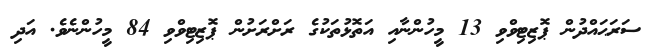
ސަރަޙައްދުން ޕޮޒިޓިވްވި 13 މީހުންނާއި އަތޮޅުތަކުގެ ރަށްރަށުން ޕޮޒިޓިވްވި 84 މީހުންނެވެ. އަދި